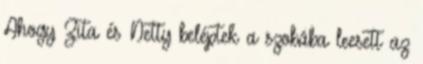
Ahogy Zita és Netty beléptek a szobába leesett az